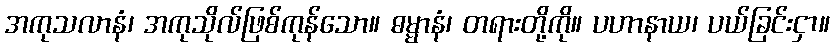
အကုသလာနံ၊ အကုသိုလ်ဖြစ်ကုန်သော။ ဓမ္မာနံ၊ တရားတို့ကို။ ပဟာနာယ၊ ပယ်ခြင်းငှာ။